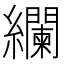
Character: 𮉚